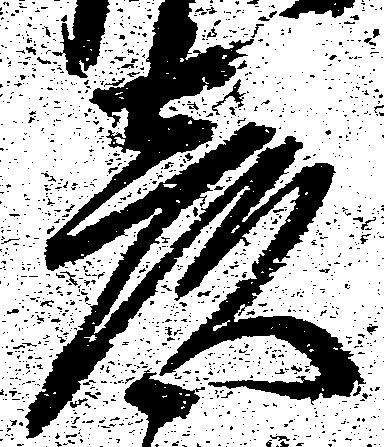
彦